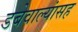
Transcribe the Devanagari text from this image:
डबेवाल्यांसह